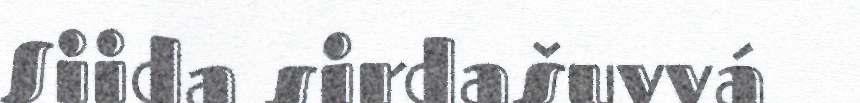
Siida sirdašuvvá